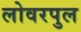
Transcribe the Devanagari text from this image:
लोवरपुल